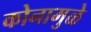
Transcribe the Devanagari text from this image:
कोनामुळे